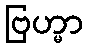
ဗြဟ္မာ